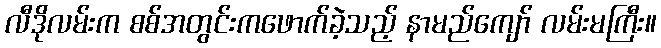
လီဒိုလမ်းက စစ်အတွင်းကဖောက်ခဲ့သည့် နာမည်ကျော် လမ်းမကြီး။